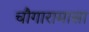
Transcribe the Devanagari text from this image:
चौगारामासा